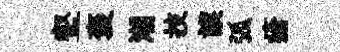
壑褒潮技謨弧瘡